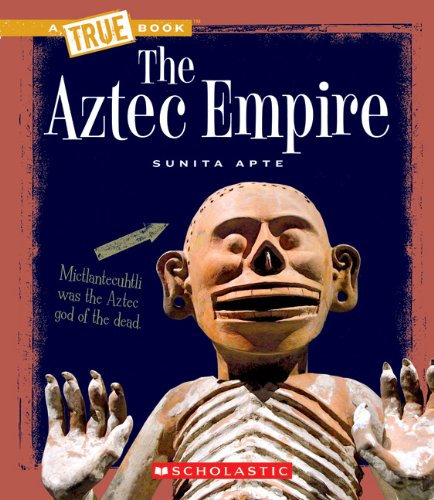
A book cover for The Aztec Empire (True Books: Ancient Civilizations); Sunita Apte; History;